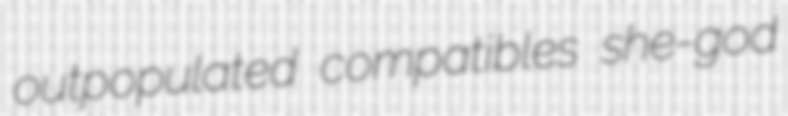
outpopulated compatibles she-god